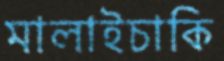
মালাইচাকি